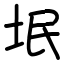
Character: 垊